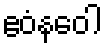
ဧဝံနဝေါ